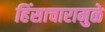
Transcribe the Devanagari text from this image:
हिंसाचारामुळे